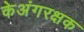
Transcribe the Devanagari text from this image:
केअंगरक्षक